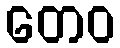
တေဝ